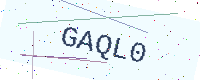
Text: GAQL0